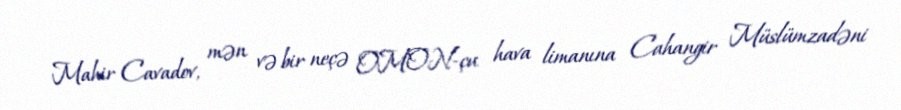
Mahir Cavadov, mən və bir neçə OMON-çu hava limanına Cahangir Müslümzadəni